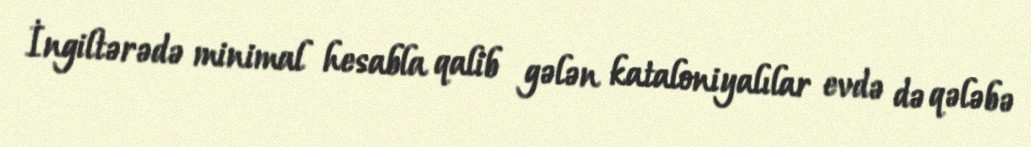
İngiltərədə minimal hesabla qalib gələn kataloniyalılar evdə də qələbə